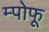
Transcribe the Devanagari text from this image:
म्पोफू